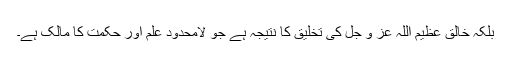
بلکہ خالق عظیم اللہ عز و جل کی تخلیق کا نتیجہ ہے جو لامحدود علم اور حکمت کا مالک ہے۔